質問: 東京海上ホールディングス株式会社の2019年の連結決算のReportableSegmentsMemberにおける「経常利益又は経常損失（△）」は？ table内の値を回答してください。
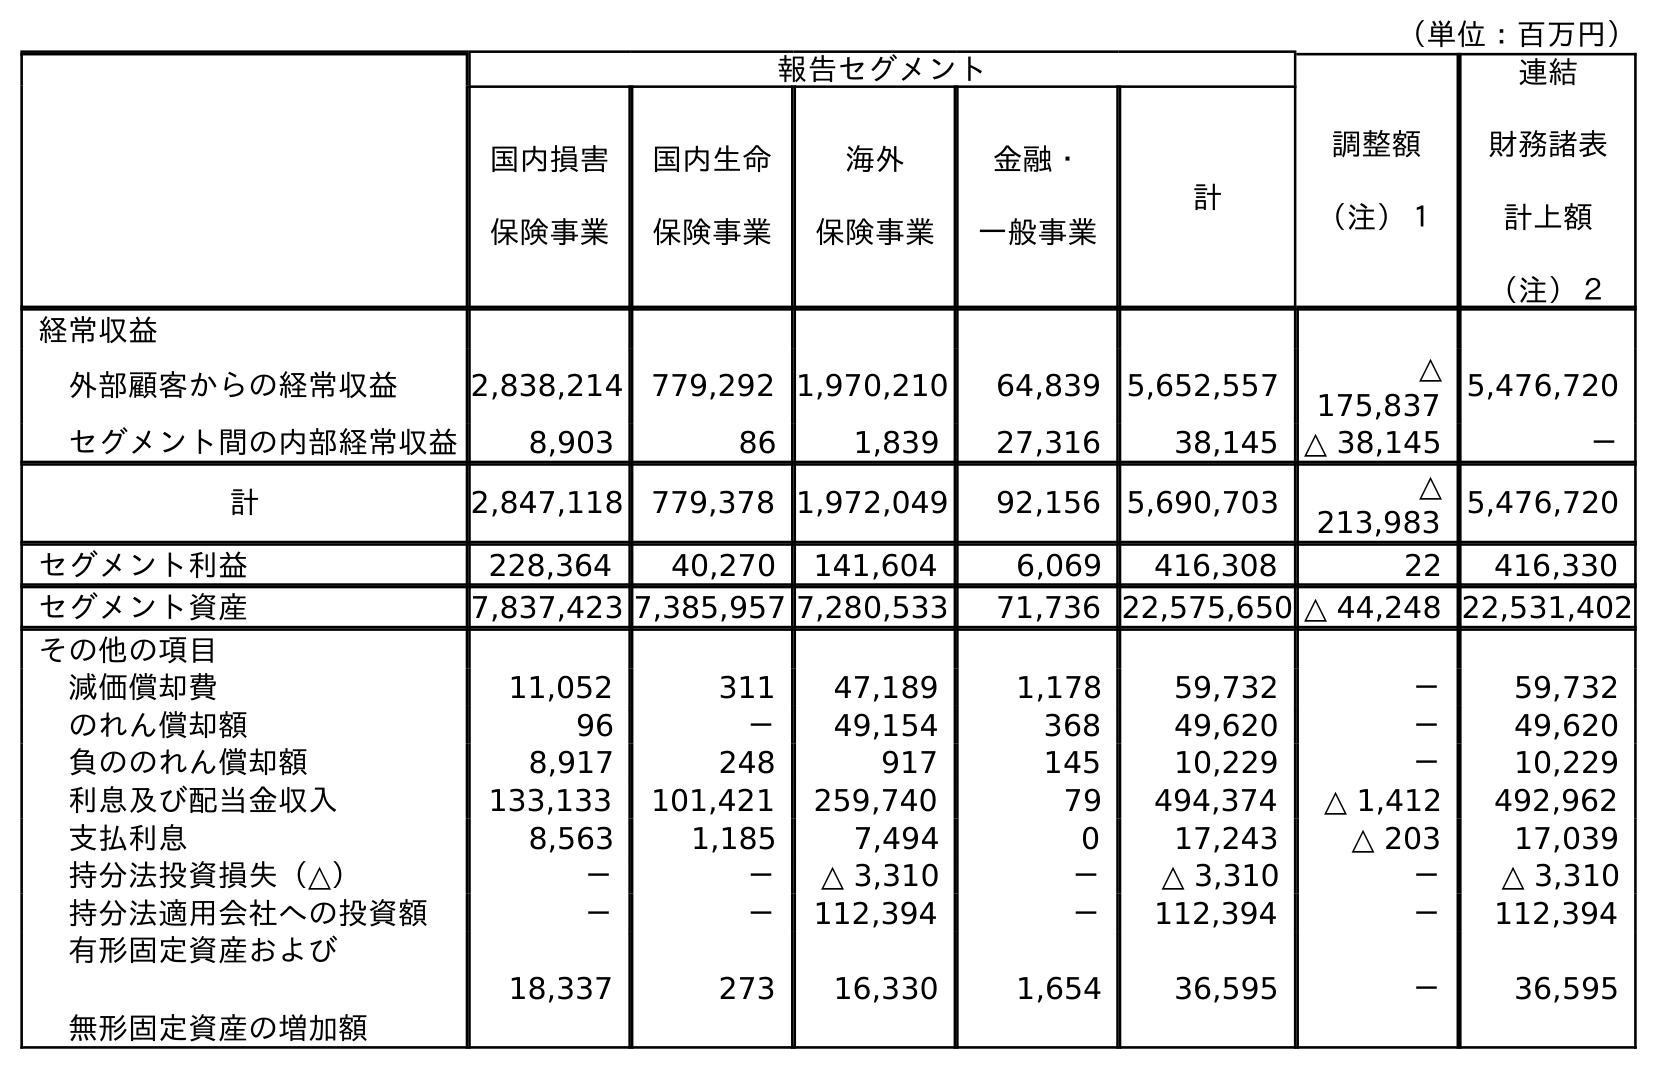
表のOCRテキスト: （単位：百万円） 報告セグメント 調整額 （注）１ 連結 財務諸表 計上額 （注）２ 国内損害 保険事業 国内生命 保険事業 海外 保険事業 金融・ 一般事業 計 経常収益 外部顧客からの経常収益 2,838,214 779,292 1,970,210 64,839 5,652,557 △ 175,837 5,476,720 セグメント間の内部経常収益 8,903 86 1,839 27,316 38,145 △ 38,145 － 計 2,847,118 779,378 1,972,049 92,156 5,690,703 △ 213,983 5,476,720 セグメント利益 228,364 40,270 141,604 6,069 416,308 22 416,330 セグメント資産 7,837,423 7,385,957 7,280,533 71,736 22,575,650 △ 44,248 22,531,402 その他の項目 減価償却費 11,052 311 47,189 1,178 59,732 － 59,732 のれん償却額 96 － 49,154 368 49,620 － 49,620 負ののれん償却額 8,917 248 917 145 10,229 － 10,229 利息及び配当金収入 133,133 101,421 259,740 79 494,374 △ 1,412 492,962 支払利息 8,563 1,185 7,494 0 17,243 △ 203 17,039 持分法投資損失（△） － － △ 3,310 － △ 3,310 － △ 3,310 持分法適用会社への投資額 － － 112,394 － 112,394 － 112,394 有形固定資産および 無形固定資産の増加額 18,337 273 16,330 1,654 36,595 － 36,595
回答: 416,308